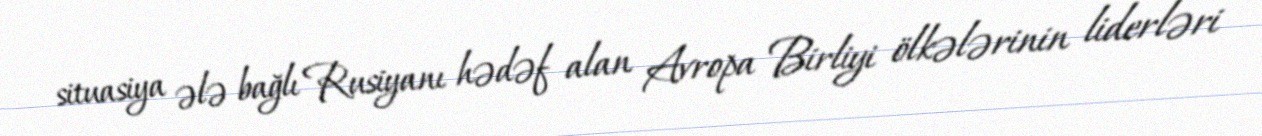
situasiya ələ bağlı Rusiyanı hədəf alan Avropa Birliyi ölkələrinin liderləri